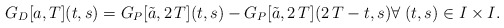
\begin{align*}G_D[a,T](t,s)=G_P[\tilde a,2\,T](t,s)-G_P[\tilde a,2\,T](2\,T-t,s) \forall \; (t,s)\in I\times I.\end{align*}